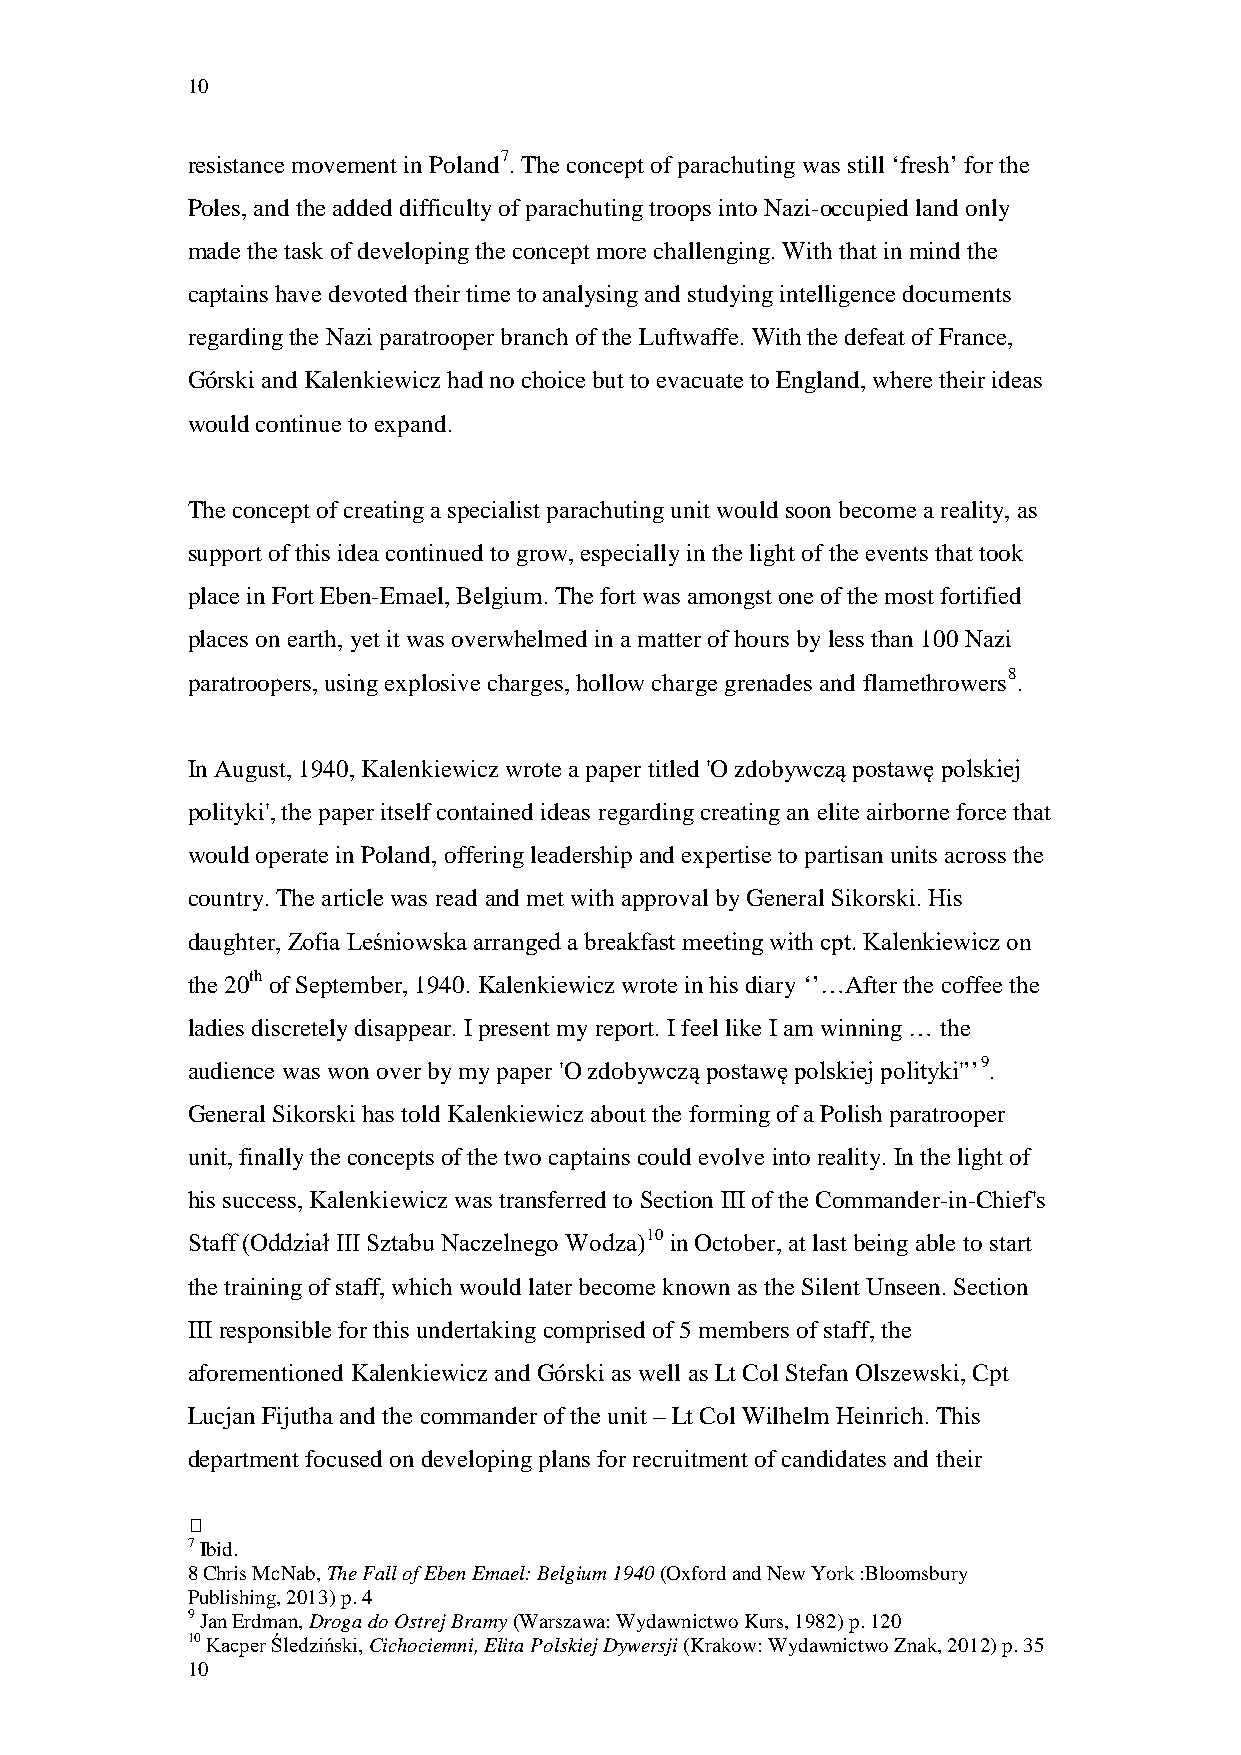
10
 resistance movement in Poland7. The concept of parachuting was still ‘fresh’ for the
 Poles, and the added difficulty of parachuting troops into Nazi-occupied land only
 made the task of developing the concept more challenging. With that in mind the
 captains have devoted their time to analysing and studying intelligence documents
 regarding the Nazi paratrooper branch of the Luftwaffe. With the defeat of France,
 Górski and Kalenkiewicz had no choice but to evacuate to England, where their ideas
 would continue to expand.
 The concept of creating a specialist parachuting unit would soon become a reality, as
 support of this idea continued to grow, especially in the light of the events that took
 place in Fort Eben-Emael, Belgium. The fort was amongst one of the most fortified
 places on earth, yet it was overwhelmed in a matter of hours by less than 100 Nazi
 paratroopers, using explosive charges, hollow charge grenades and flamethrowers8.
 In August, 1940, Kalenkiewicz wrote a paper titled 'O zdobywczą postawę polskiej
 polityki', the paper itself contained ideas regarding creating an elite airborne force that
 would operate in Poland, offering leadership and expertise to partisan units across the
 country. The article was read and met with approval by General Sikorski. His
 daughter, Zofia Leśniowska arranged a breakfast meeting with cpt. Kalenkiewicz on
 the 20th of September, 1940. Kalenkiewicz wrote in his diary ‘’…After the coffee the
 ladies discretely disappear. I present my report. I feel like I am winning … the
 audience was won over by my paper 'O zdobywczą postawę polskiej polityki'’’9.
 General Sikorski has told Kalenkiewicz about the forming of a Polish paratrooper
 unit, finally the concepts of the two captains could evolve into reality. In the light of
 his success, Kalenkiewicz was transferred to Section III of the Commander-in-Chief's
 Staff (Oddział III Sztabu Naczelnego Wodza)10 in October, at last being able to start
 the training of staff, which would later become known as the Silent Unseen. Section
 III responsible for this undertaking comprised of 5 members of staff, the
 aforementioned Kalenkiewicz and Górski as well as Lt Col Stefan Olszewski, Cpt
 Lucjan Fijutha and the commander of the unit – Lt Col Wilhelm Heinrich. This
 department focused on developing plans for recruitment of candidates and their
 
 7 Ibid.
 8 Chris McNab, The Fall of Eben Emael: Belgium 1940 (Oxford and New York :Bloomsbury
 Publishing, 2013) p. 4
 9 Jan Erdman, Droga do Ostrej Bramy (Warszawa: Wydawnictwo Kurs, 1982) p. 120
 10 Kacper Śledziński, Cichociemni, Elita Polskiej Dywersji (Krakow: Wydawnictwo Znak, 2012) p. 35
 10